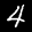
Label: 4